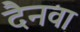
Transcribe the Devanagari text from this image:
दैनवा